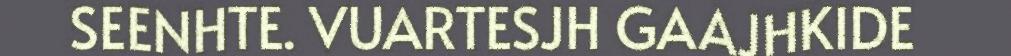
SEENHTE. VUARTESJH GAAJHKIDE